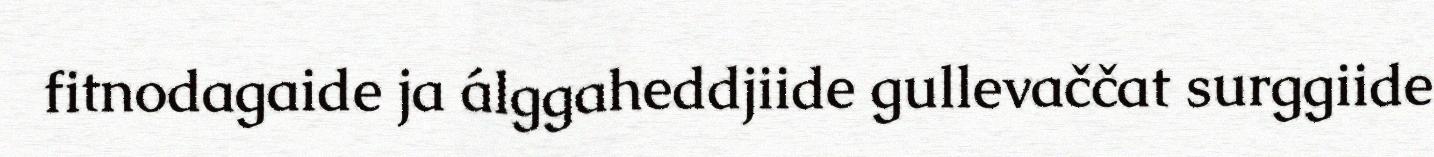
fitnodagaide ja álggaheddjiide gullevaččat surggiide